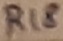
Text: R18